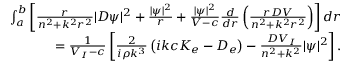
\begin{array} { r } { \int _ { a } ^ { b } \left[ \frac { r } { n ^ { 2 } + k ^ { 2 } r ^ { 2 } } | D \psi | ^ { 2 } + \frac { | \psi | ^ { 2 } } { r } + \frac { | \psi | ^ { 2 } } { V - c } \frac { d } { d r } \left( \frac { r D V } { n ^ { 2 } + k ^ { 2 } r ^ { 2 } } \right) \right] d r } \\ { = \frac { 1 } { V _ { I } - c } \left[ \frac { 2 } { i \rho k ^ { 3 } } \left( i k c K _ { e } - D _ { e } \right) - \frac { D V _ { I } } { n ^ { 2 } + k ^ { 2 } } | \psi | ^ { 2 } \right] . } \end{array}